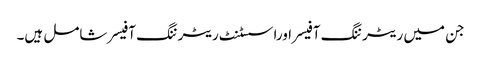
جن میں ریٹرننگ آفیسراوراسسٹنٹ ریٹرننگ آفیسر شامل ہیں۔